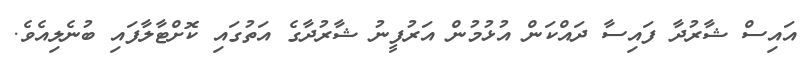
އައިސް ޝާރުދާ ފައިސާ ދައްކަން އުޅުމުން އަރުފީނު ޝާރުދާގެ އަތުގައި ކޮށްޓާލާފައި ބުނެލިއެވެ.